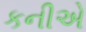
કનીએ